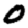
Digit: 0